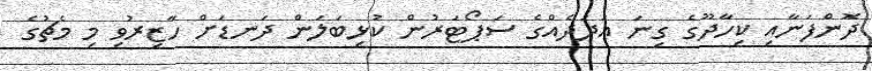
ދޮންފަނާއި ކިހާދޫގެ ގިނަ އަދަދެއްގެ ސަޕޯޓަރުން ކުޅިބަލަން ދަނޑަށް ހާޒިރުވި މި މެޗުގެ